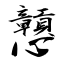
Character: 戅